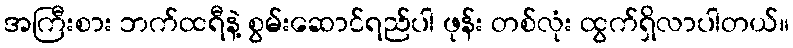
အကြီးစား ဘက်ထရီနဲ့ စွမ်းဆောင်ရည်ပါ ဖုန်း တစ်လုံး ထွက်ရှိလာပါတယ်။